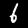
Digit: 6